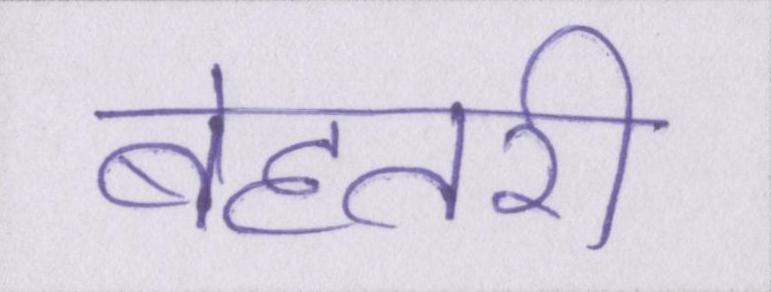
बेहतरी